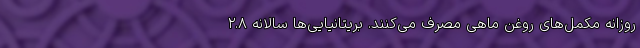
روزانه مکمل‌های روغن ماهی مصرف می‌کنند. بریتانیایی‌ها سالانه ۲.۸‌